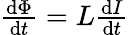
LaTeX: \begin{array}{r}{\frac{\mathrm{d}\Phi}{\mathrm{d}t}=L\frac{\mathrm{d}I}{\mathrm{d}t}}\end{array}